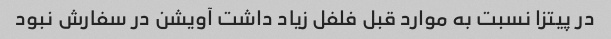
در پیتزا نسبت به موارد قبل فلفل زیاد داشت آویشن در سفارش نبود